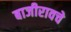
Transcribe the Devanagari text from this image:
बाजीरावचे